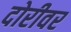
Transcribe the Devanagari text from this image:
दोरीवर